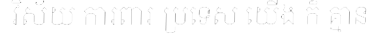
វិស័យ ការពារ ប្រទេស យើង ក៏ គ្មាន